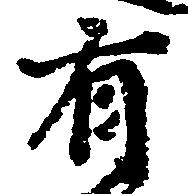
有